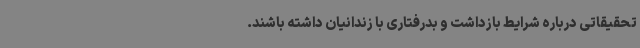
تحقیقاتی درباره شرایط بازداشت و بدرفتاری با زندانیان داشته باشند.